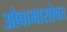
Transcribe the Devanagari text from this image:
ओबामासोबत